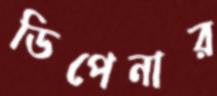
ডিপেনার